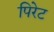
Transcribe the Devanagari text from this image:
पिरेट